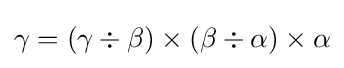
\gamma =(\gamma \div \beta )\times (\beta \div \alpha )\times \alpha